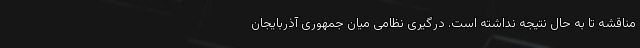
مناقشه تا به حال نتیجه نداشته است. درگیری نظامی میان جمهوری آذربایجان